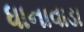
ધાનાવાડા